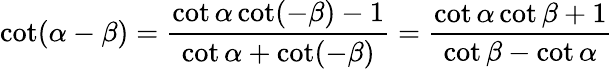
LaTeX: \cot(\alpha-\beta)={\frac{\cot\alpha\cot(-\beta)-1}{\cot\alpha+\cot(-\beta)}}={\frac{\cot\alpha\cot\beta+1}{\cot\beta-\cot\alpha}}